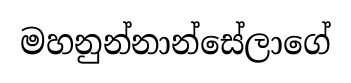
මහනුන්නාන්සේලාගේ